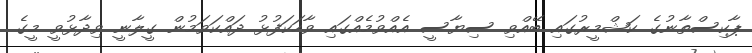
ޕާކިސްތާނުގެ ކަޝްމީރުގައި ބޭއްވި ސިޔާސީ އެއްވުމެއްގައި ވާހަކަފުޅު ދައްކަވަމުން ގީލާނީ ވިދާޅުވީ މީގެ